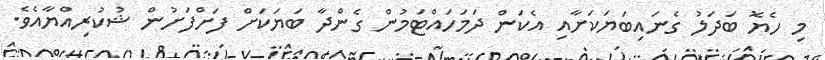
މި ހެޔޮ ބަދަލު ގެނައިބަޔަކަށާއި އެކަން ދަމަހައްޓަމުން ގެންދާ ބަޔަކަށް ފަށްފަށުން ޝުކުރިއްޔާއެވެ.